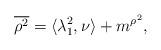
LaTeX: \begin{align*}\overline{\rho^2}=\langle\lambda_1^2,\nu\rangle+m^{\rho^{2}},\end{align*}